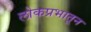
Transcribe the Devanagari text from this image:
लोकप्रभातून